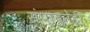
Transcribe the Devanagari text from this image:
संपादनेही